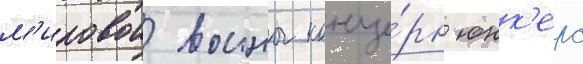
м'ировои воины конце́рн юнк'ерс